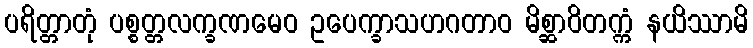
ပရိတ္တာတုံ ပစ္စတ္တလက္ခဏမေဝ ဥပေက္ခာသဟဂတာဝ မိစ္ဆာဝိတက္ကံ နယိဿာမိ